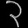
Digit: ၃